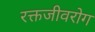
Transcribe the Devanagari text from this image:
रक्तजीवरोग